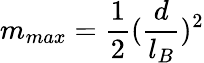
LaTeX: m_{max}=\frac{1}{2}(\frac{d}{l_{B}})^{2}